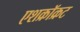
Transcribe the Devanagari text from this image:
एशक्रॉक्रट